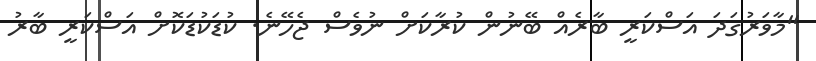
"މާވަރުގަދަ އަސްކަރީ ބާރެއް ބޭނުން ކުރާކަށް ނުވެސް ޖެހޭނެ. ކުޑަކުޑަކޮށް އަސްކަރީ ބާރު